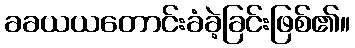
ခခယယတောင်းခံခဲ့ခြင်းဖြစ်၏။